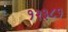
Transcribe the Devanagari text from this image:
१२३८१